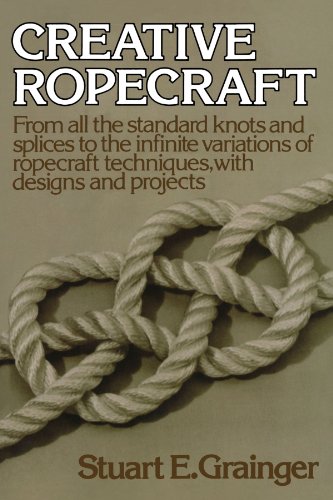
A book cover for Creative Ropecraft; Stuart E. Grainger; Crafts, Hobbies & Home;